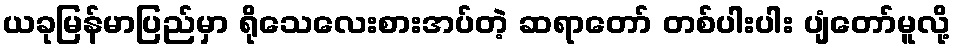
ယခုမြန်မာပြည်မှာ ရိုသေလေးစားအပ်တဲ့ ဆရာတော် တစ်ပါးပါး ပျံတော်မူလို့